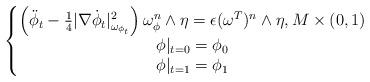
LaTeX: \begin{align*}\left\{\begin{matrix}\left(\ddot{\phi}_t-\frac{1}{4}|\nabla \dot{\phi}_t|^2_{\omega_{\phi_t}}\right)\omega_\phi^n \wedge \eta=\epsilon (\omega^T)^n\wedge \eta, M\times (0, 1)\\\phi|_{t=0}=\phi_0\\\phi|_{t=1}=\phi_1\end{matrix}\right.\end{align*}